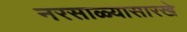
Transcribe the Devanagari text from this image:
नरसाळ्यासारखे